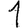
Digit: 1